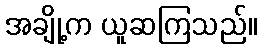
အချို့က ယူဆကြသည်။